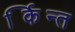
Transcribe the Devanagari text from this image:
कर्न्ति